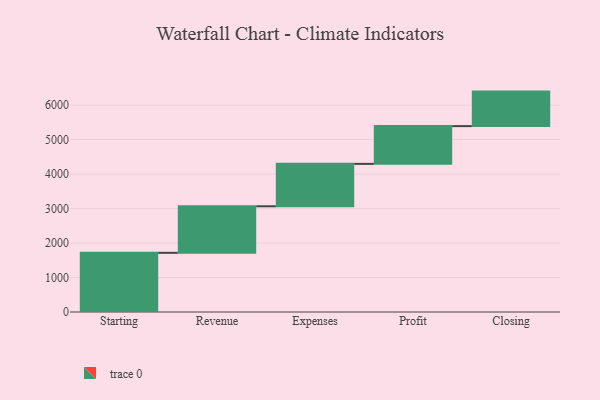
{"axis": {"x": "Step", "y": "Value"}, "legend": [""], "data": [{"x": "Starting", "y": 1716.0, "type": ""}, {"x": "Revenue", "y": 1350.0, "type": ""}, {"x": "Expenses", "y": 1230.0, "type": ""}, {"x": "Profit", "y": 1095.0, "type": ""}, {"x": "Closing", "y": 1001.0, "type": ""}]}